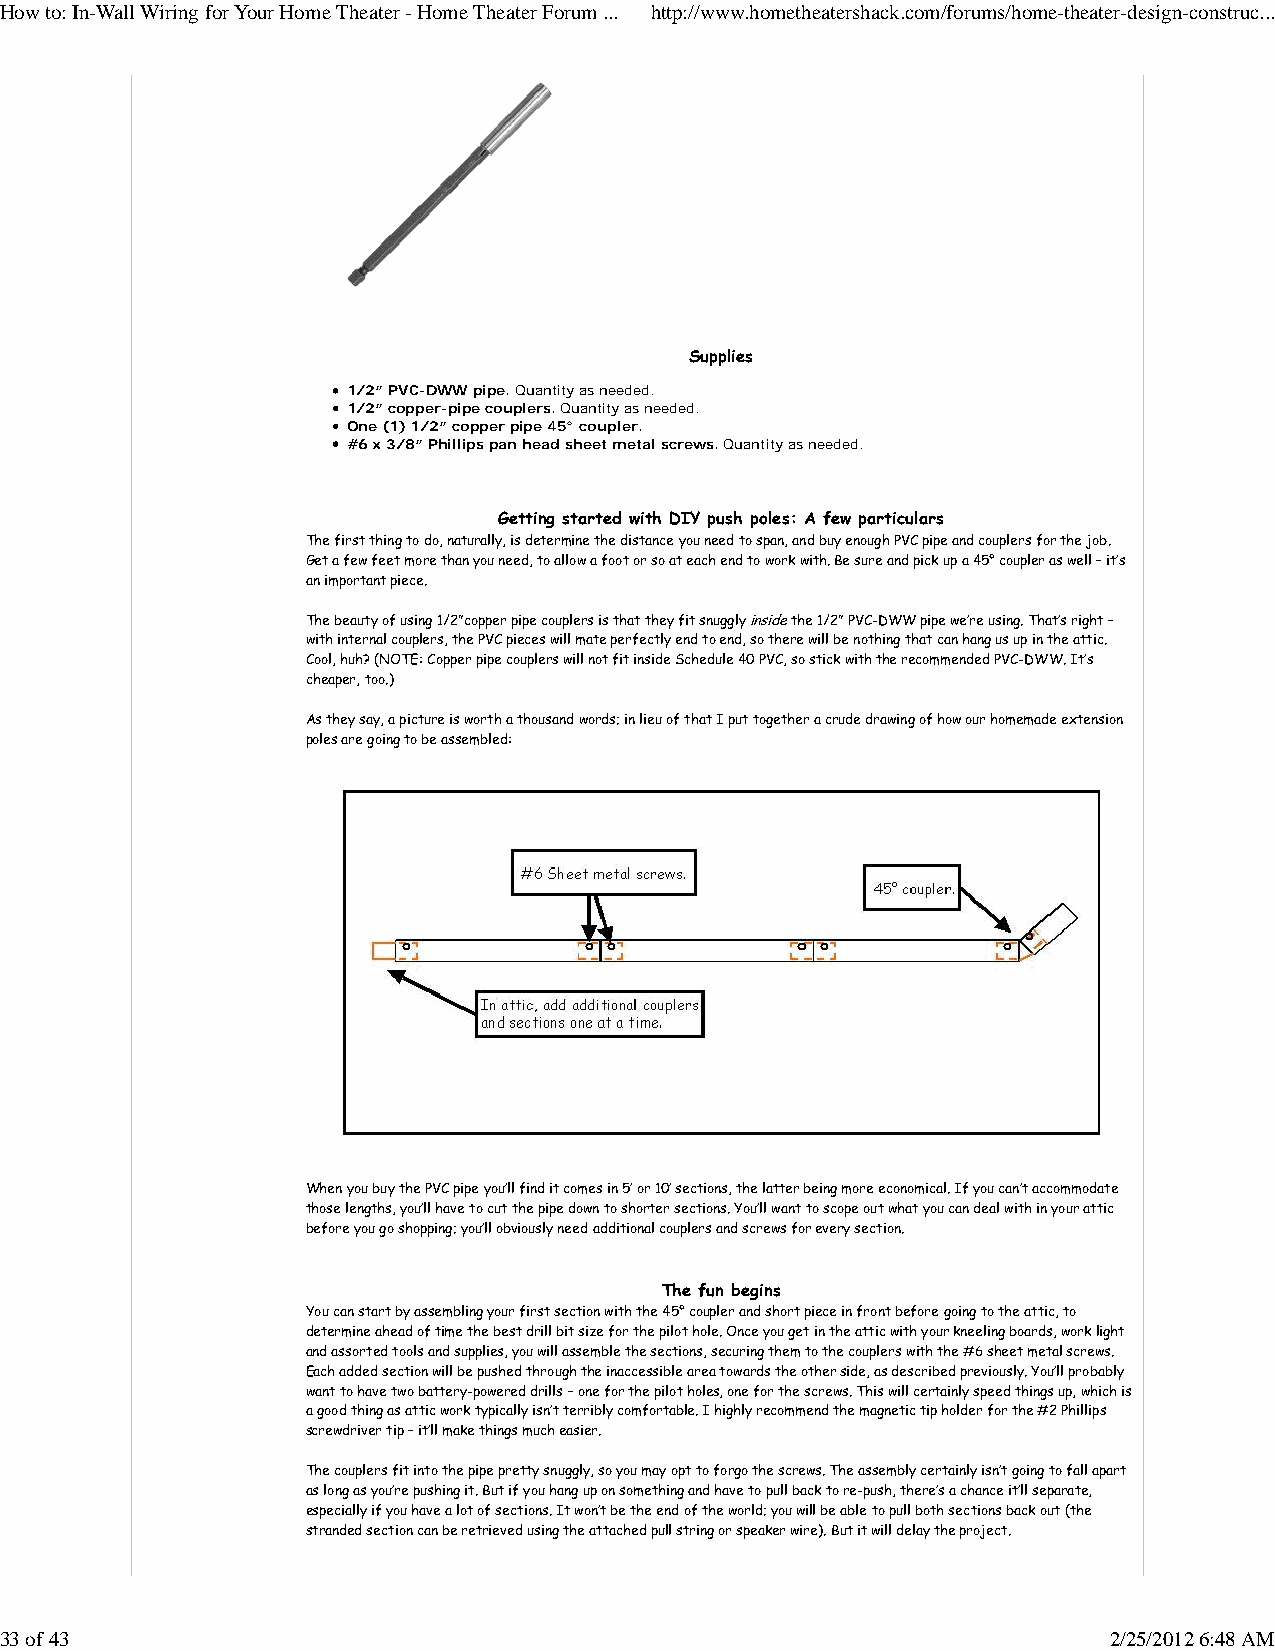
How to: In-Wall Wiring for Your Home Theater - Home Theater Forum ... http://www.hometheatershack.com/forums/home-theater-design-construc...
 Supplies
 1/2” PVC-DWW pipe. Quantity as needed.
 1/2” copper-pipe couplers. Quantity as needed.
 One (1) 1/2” copper pipe 45° coupler.
 #6 x 3/8” Phillips pan head sheet metal screws. Quantity as needed.
 Getting started with DIY push poles: A few particulars
 The first thing to do, naturally, is determine the distance you need to span, and buy enough PVC pipe and couplers for the job.
 Get a few feet more than you need, to allow a foot or so at each end to work with. Be sure and pick up a 45° coupler as well – it’s
 an important piece.
 The beauty of using 1/2”copper pipe couplers is that they fit snuggly inside the 1/2” PVC-DWW pipe we’re using. That’s right –
 with internal couplers, the PVC pieces will mate perfectly end to end, so there will be nothing that can hang us up in the attic.
 Cool, huh? (NOTE: Copper pipe couplers will not fit inside Schedule 40 PVC, so stick with the recommended PVC-DWW. It’s
 cheaper, too.)
 As they say, a picture is worth a thousand words; in lieu of that I put together a crude drawing of how our homemade extension
 poles are going to be assembled:
 When you buy the PVC pipe you’ll find it comes in 5’ or 10’ sections, the latter being more economical. If you can’t accommodate
 those lengths, you’ll have to cut the pipe down to shorter sections. You’ll want to scope out what you can deal with in your attic
 before you go shopping; you’ll obviously need additional couplers and screws for every section.
 The fun begins
 You can start by assembling your first section with the 45° coupler and short piece in front before going to the attic, to
 determine ahead of time the best drill bit size for the pilot hole. Once you get in the attic with your kneeling boards, work light
 and assorted tools and supplies, you will assemble the sections, securing them to the couplers with the #6 sheet metal screws.
 Each added section will be pushed through the inaccessible area towards the other side, as described previously. You’ll probably
 want to have two battery-powered drills – one for the pilot holes, one for the screws. This will certainly speed things up, which is
 a good thing as attic work typically isn’t terribly comfortable. I highly recommend the magnetic tip holder for the #2 Phillips
 screwdriver tip – it’ll make things much easier.
 The couplers fit into the pipe pretty snuggly, so you may opt to forgo the screws. The assembly certainly isn’t going to fall apart
 as long as you’re pushing it. But if you hang up on something and have to pull back to re-push, there’s a chance it’ll separate,
 especially if you have a lot of sections. It won’t be the end of the world; you will be able to pull both sections back out (the
 stranded section can be retrieved using the attached pull string or speaker wire). But it will delay the project.
 33 of 43                                                                 2/25/2012 6:48 AM